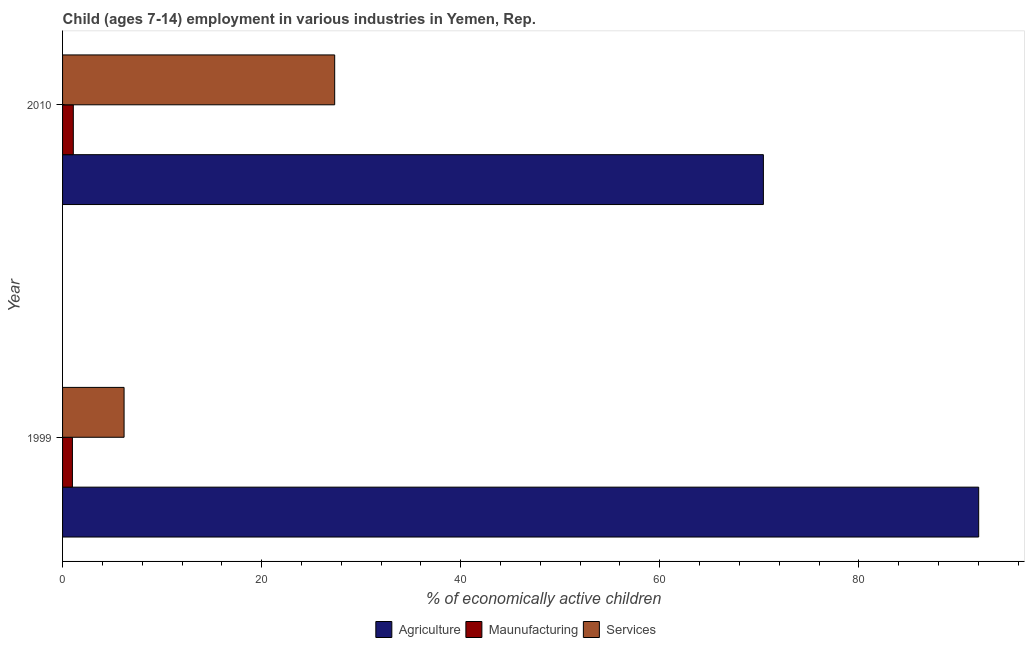
| Year | Agriculture | Maunufacturing | Services |
 | --- | --- | --- | --- |
 | 1999 | 92 | 0.99 | 6.18 |
 | 2010 | 70.4 | 1.08 | 27.3 |